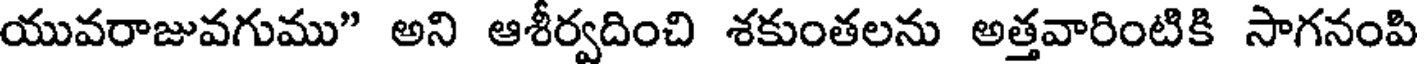
యువరాజువగుము" అని ఆశీర్వదించి శకుంతలను అత్తవారింటికి సాగనంపి